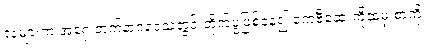
လများက အရှေ့ဘက်နာဂဒေသတွင် တိုက်ပွဲဖြစ်နေ၍ ကေဗီဆေးကိုထံမှ စာကို